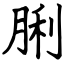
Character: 脷